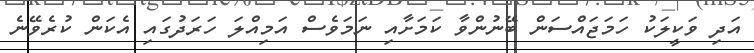
އަދި ވަކީލަކު ހަމަޖައްސަން ބޭނުންވާ ކަމަށާއި ނަމަވެސް އަމިއްލަ ހަރަދުގައި އެކަން ކުރެވޭނެ